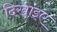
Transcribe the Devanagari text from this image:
दिखाइए